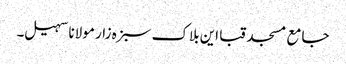
جامع مسجد قبا این بلاک سبزہ زار مولانا سہیل۔